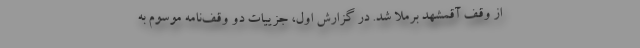
از وقف آقمشهد برملا شد. در گزارش اول، جزییات دو وقف‌نامه موسوم به